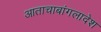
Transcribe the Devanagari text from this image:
आताचाबांगलादेश